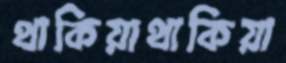
থাকিয়াথাকিয়া